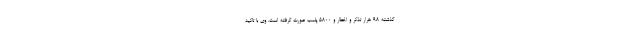
گذشته ۹۸ هرار تذکر و اخطار و ۵۸۰۰ پلمب‌ صورت گرفته است. وی با تاکید